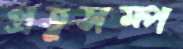
প্রত্নসম্প